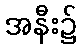
အနီး၌